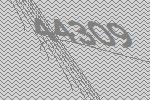
44309